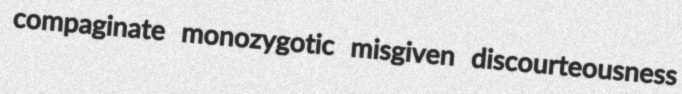
compaginate monozygotic misgiven discourteousness